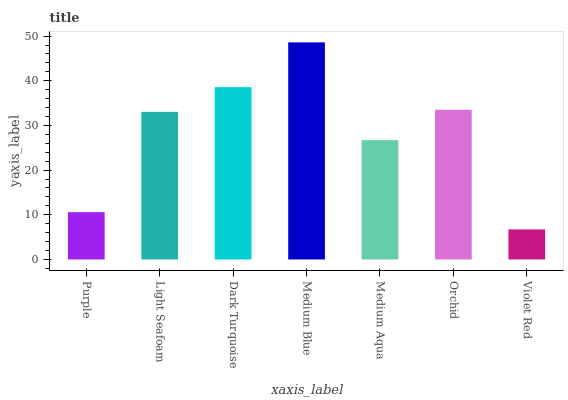
| xaxis_label | bars |
 | --- | --- |
 | Purple | 10.6 |
 | Light Seafoam | 33 |
 | Dark Turquoise | 38.6 |
 | Medium Blue | 48.6 |
 | Medium Aqua | 26.7 |
 | Orchid | 33.5 |
 | Violet Red | 6.72 |